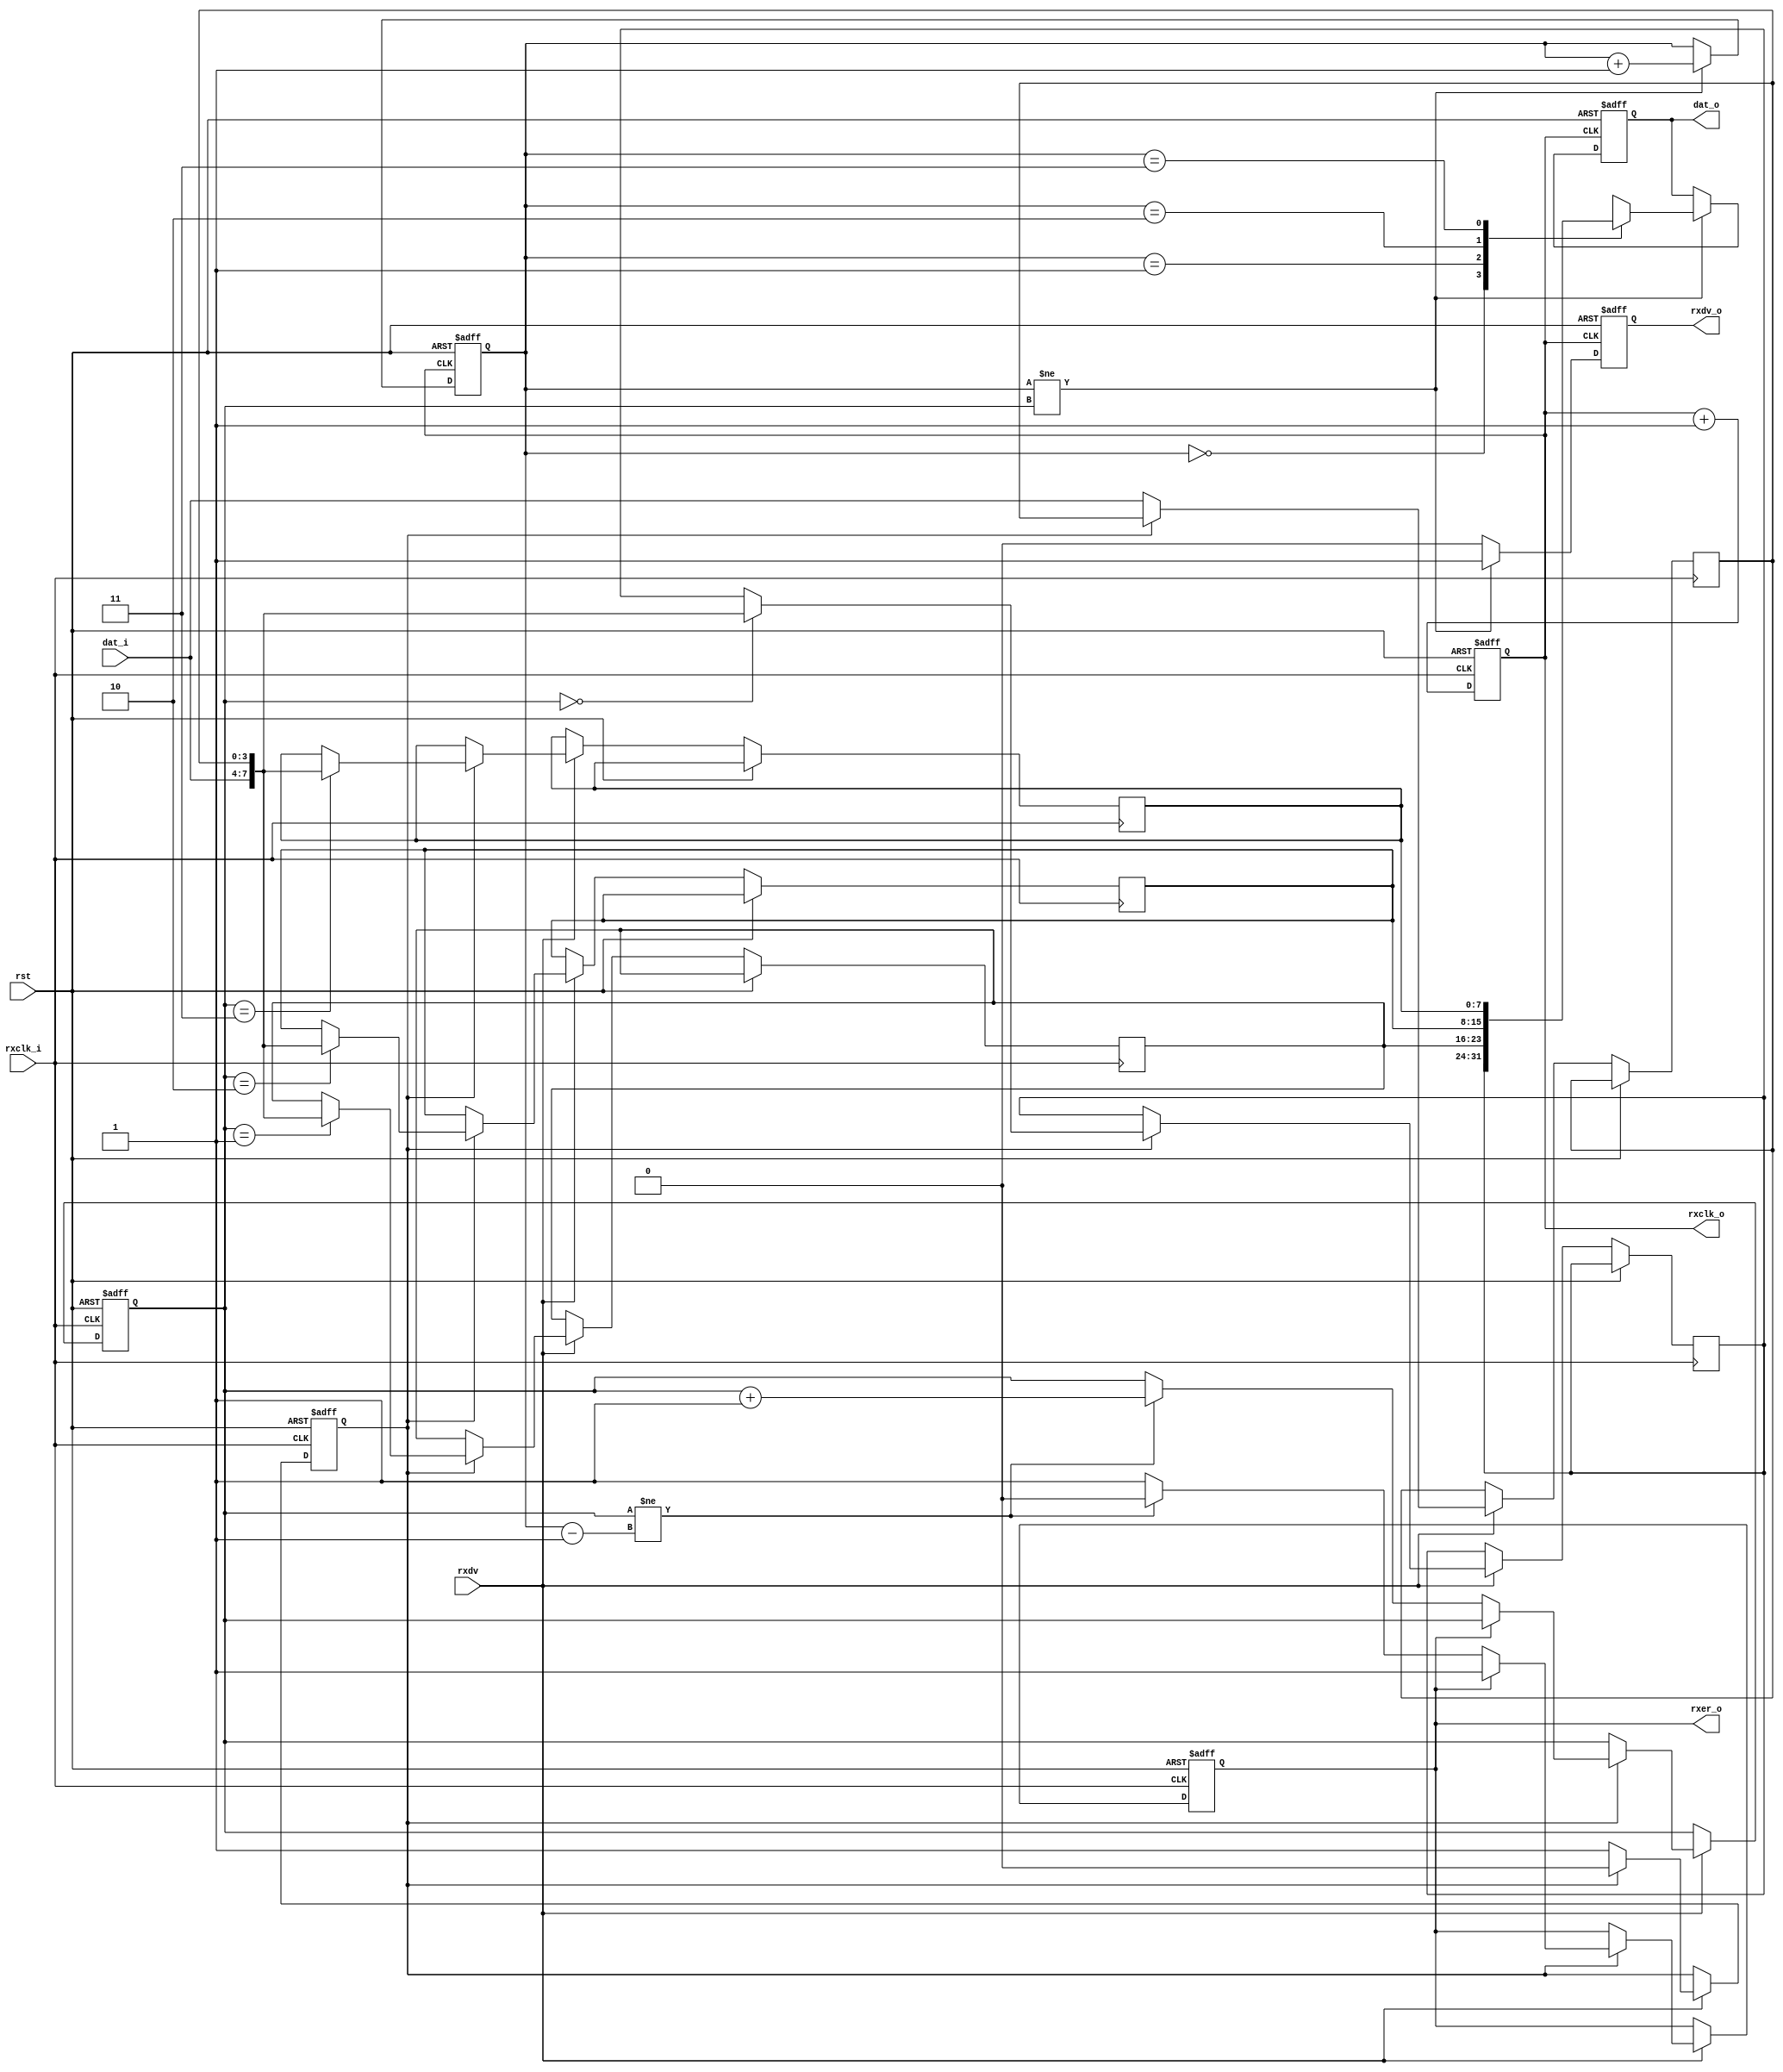
//=================================================================================
//   Ethernet   - RTL8211EG
//---------------------------------------------------------------------------------
//     10Mbs  100Mbs
//=================================================================================
module ddin(
	input				rxclk_i,			// 
	input				rst,				//  
	input				rxdv,				//   
	input  [3:0]	dat_i,			//   
	output [7:0]	dat_o,			//   
	output			rxclk_o,			//  
	output			rxdv_o,			//      
	output			rxer_o			//    
);

reg  [3:0]	lsb;						//   
reg  [7:0]	rxbufd[0:3];			//  
reg  [1:0]	raddr, waddr;			//  
reg			rxclk_reg = 1'b0;		//   
reg			eo = 1'b0;				// - 
reg			wr_err = 1'b0;			//  
reg  [7:0]	dato;						//   
reg			rxdvn;

wire [1:0]  raddrl;
assign raddrl = raddr -1'b1;		//    
assign dat_o = dato;
assign rxclk_o = rxclk_reg;
assign rxdv_o = rxdvn;
assign rxer_o = wr_err;

//   
always @(posedge rxclk_i, posedge rst)
	if(rst)  rxclk_reg <= 1'b0;
	else     rxclk_reg <= rxclk_reg + 1'b1;


//  2-      
always @(posedge rxclk_i, posedge rst) begin
	if(rst) begin
		eo <= 1'b0;
		waddr <= 1'b0; wr_err <= 1'b0;
	end
	else begin
		if(rxdv) begin								//  ?
			if(eo == 1'b0) begin					// , ?
				lsb <= dat_i; eo <= 1'b1;		//     
			end
			else begin								// 
				rxbufd[waddr][7:0] <= {dat_i[3:0],lsb[3:0]}; //    
				if(~wr_err) begin					// ?
					if(waddr != raddrl)			// .  ?
						waddr <= waddr + 1'b1;	//  - 
					else
						wr_err <= 1'b1;			//  ,   
				end
				eo <= 1'b0;							//   
			end
		end
	end
end

//   
always @(posedge rxclk_o, posedge rst) begin
	if(rst) begin
		dato <= 8'o0; raddr <= 1'b0; rxdvn <= 1'b0;
	end
	else begin
		if(raddr != waddr) begin				//  ?
			dato[7:0] <= rxbufd[raddr][7:0];	//  -     ...
			raddr <= raddr + 1'b1;				// ...   
			rxdvn <= 1'b1;
		end
		else
			rxdvn <= 1'b0;
	end
end

endmodule